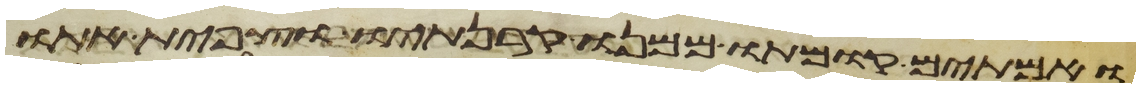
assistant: ואמתים קומתו ממנו קרנתיו וצפית אתו